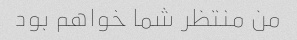
من منتظر شما خواهم بود